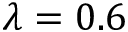
\lambda = 0 . 6